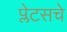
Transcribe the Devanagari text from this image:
प्लेटसचे